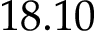
1 8 . 1 0